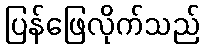
ပြန်ဖြေလိုက်သည်